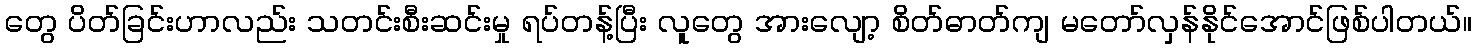
တွေ ပိတ်ခြင်းဟာလည်း သတင်းစီးဆင်းမှု ရပ်တန့်ပြီး လူတွေ အားလျော့ စိတ်ဓာတ်ကျ မတော်လှန်နိုင်အောင်ဖြစ်ပါတယ်။